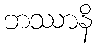
ဘဿာနိ